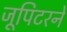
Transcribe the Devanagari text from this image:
जूपिटरने